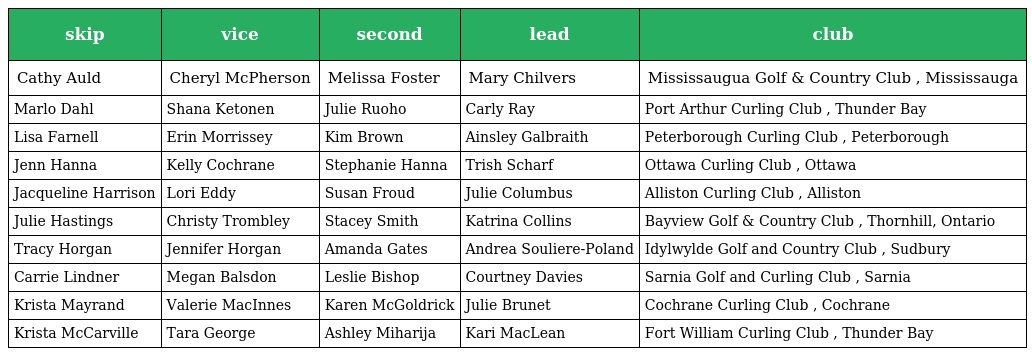
| skip | vice | second | lead | club |
 | --- | --- | --- | --- | --- |
 | Cathy Auld | Cheryl McPherson | Melissa Foster | Mary Chilvers | Mississaugua Golf & Country Club , Mississauga |
 | Marlo Dahl | Shana Ketonen | Julie Ruoho | Carly Ray | Port Arthur Curling Club , Thunder Bay |
 | Lisa Farnell | Erin Morrissey | Kim Brown | Ainsley Galbraith | Peterborough Curling Club , Peterborough |
 | Jenn Hanna | Kelly Cochrane | Stephanie Hanna | Trish Scharf | Ottawa Curling Club , Ottawa |
 | Jacqueline Harrison | Lori Eddy | Susan Froud | Julie Columbus | Alliston Curling Club , Alliston |
 | Julie Hastings | Christy Trombley | Stacey Smith | Katrina Collins | Bayview Golf & Country Club , Thornhill, Ontario |
 | Tracy Horgan | Jennifer Horgan | Amanda Gates | Andrea Souliere-Poland | Idylwylde Golf and Country Club , Sudbury |
 | Carrie Lindner | Megan Balsdon | Leslie Bishop | Courtney Davies | Sarnia Golf and Curling Club , Sarnia |
 | Krista Mayrand | Valerie MacInnes | Karen McGoldrick | Julie Brunet | Cochrane Curling Club , Cochrane |
 | Krista McCarville | Tara George | Ashley Miharija | Kari MacLean | Fort William Curling Club , Thunder Bay |